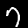
Label: 7